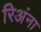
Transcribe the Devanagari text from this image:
रिअंना